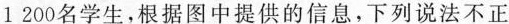
1 200名学生，根据图中提供的信息，下列说法不正